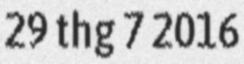
29 thg 7 2016